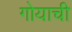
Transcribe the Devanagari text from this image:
गोयाची